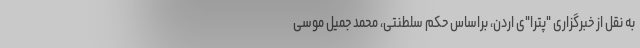
به نقل از خبرگزاری "پترا"ی اردن، براساس حکم سلطنتی، محمد جمیل موسی